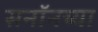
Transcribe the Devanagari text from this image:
सनॉनच्या